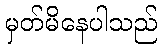
မှတ်မိနေပါသည်